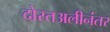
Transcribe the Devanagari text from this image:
दोस्तअलीनंतर